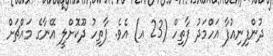
ދުންފިނިއުފާ އަހްމަދު ފާތިހް (23 އ) އެވެ. ފާތިހު ދޫކޮށްލީ އޭނާގެ މައްޗަށް